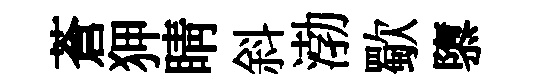
蒼狎睛斜渤歜隳